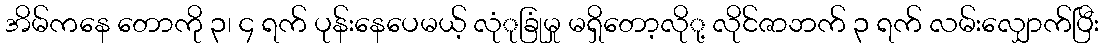
အိမ်ကနေ တောကို ၃၊ ၄ ရက် ပုန်းနေပေမယ့် လုံုခြုံမှု မရှိတော့လိုု့ လိုင်ဇာဘက် ၃ ရက် လမ်းလျှောက်ပြီး